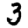
Digit: 3